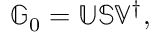
\begin{array} { r } { \mathbb { G } _ { 0 } = \mathbb { U } \mathbb { S } \mathbb { V } ^ { \dagger } , } \end{array}